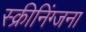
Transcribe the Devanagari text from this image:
स्क्रीनिंग्जना